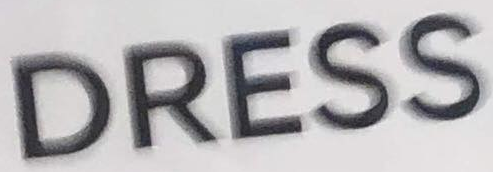
DRESS